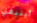
أينبغي